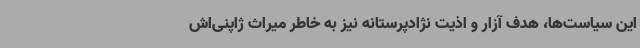
این سیاست‌ها، هدف آزار و اذیت نژادپرستانه نیز به خاطر میراث ژاپنی‌اش